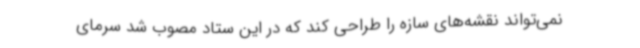
نمی‌تواند نقشه‌های سازه را طراحی کند که در این ستاد مصوب شد سرمای